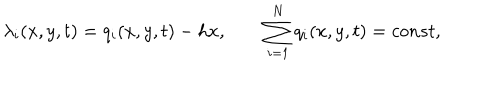
LaTeX: \lambda _ { i } ( x , y , t ) = q _ { i } ( x , y , t ) - h x , \qquad \sum _ { i = 1 } ^ { N } q _ { i } ( x , y , t ) = c o n s t ,